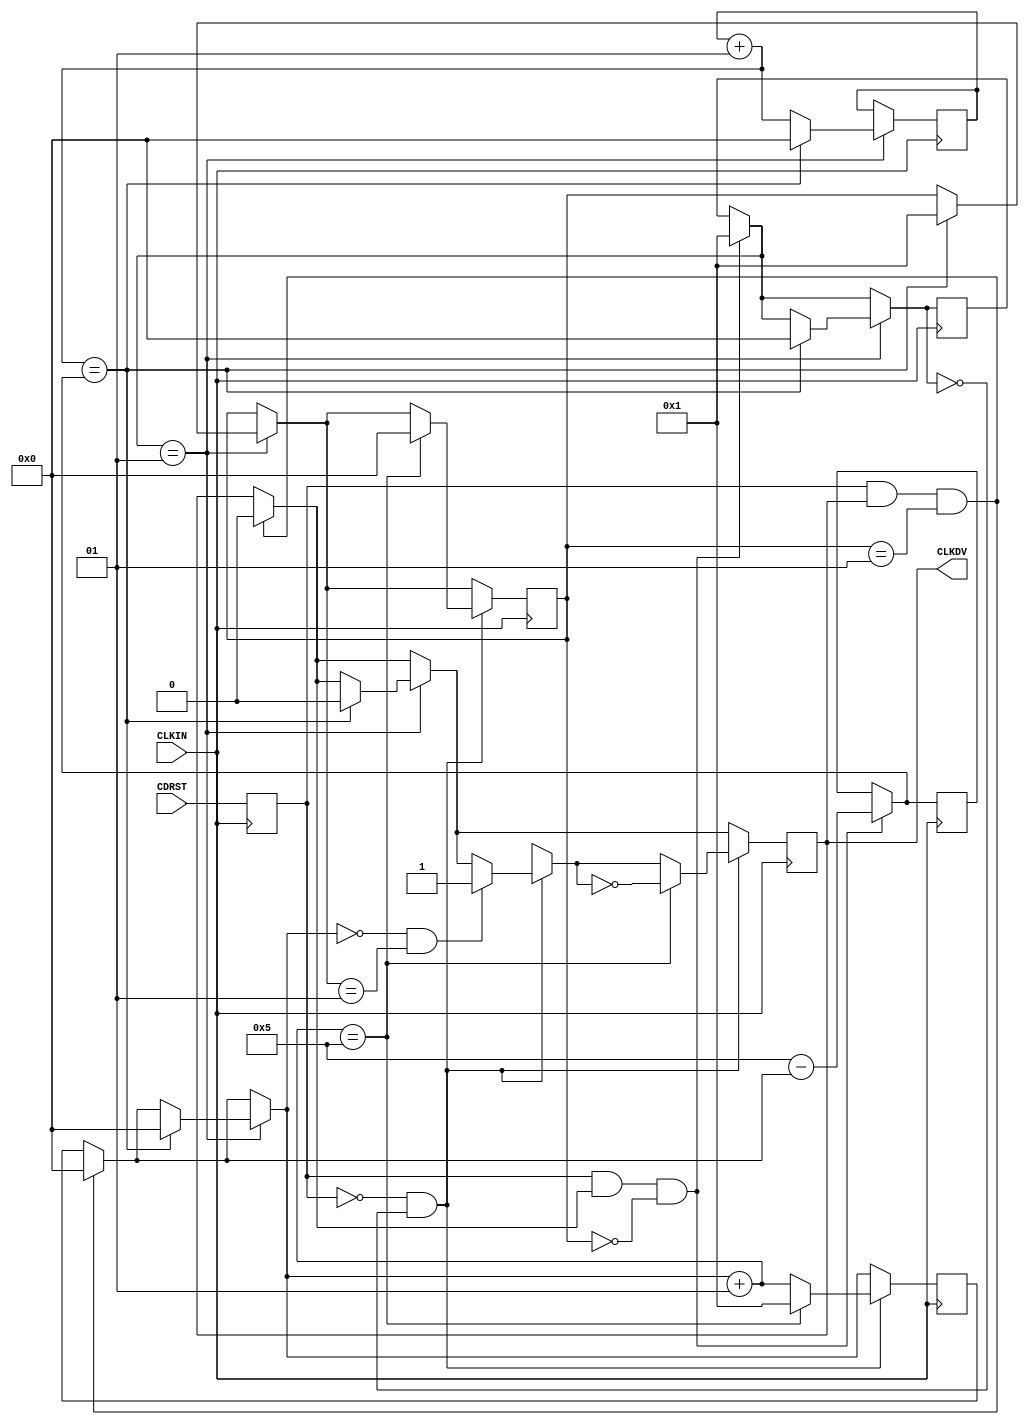
/* Clock divider CLK_DIV8R 
   August 10, 2001
   April 22, 2002 Changed CDRST to sensitive to negative edge of CLKIIN
*/

`timescale 100 ps / 10 ps

module CLK_DIV8R (CLKDV,CDRST,CLKIN);

parameter DIVIDE_BY = 8;

input CDRST,CLKIN;
output CLKDV;
reg CLKDV;
reg CDRST_i;
integer CLOCK_DIVIDER;
integer RESET_WAIT_COUNT;
integer DELAY_RESET;
integer NO_BITS_REMAINING;
integer STARTUP;

initial begin
 CLOCK_DIVIDER = 0;
 RESET_WAIT_COUNT = 0;
 DELAY_RESET = 0;
 NO_BITS_REMAINING = 0;
 STARTUP = 1;
 CLKDV = 1'b0;
end

always @(negedge CLKIN)
begin
CDRST_i = CDRST;
end

always @(posedge CLKIN)
begin

if (CDRST_i && (CLKDV == 1'b1) && (STARTUP == 1))
begin
CLKDV = 1'b0;
CLOCK_DIVIDER = 0;
end
 
if (CDRST_i && (CLKDV == 1'b1) && (STARTUP == 0))
 begin
	NO_BITS_REMAINING = ((DIVIDE_BY/2 + 1) - CLOCK_DIVIDER);
	DELAY_RESET = 1 ;
 end

if (DELAY_RESET == 1)		
	begin
	RESET_WAIT_COUNT = RESET_WAIT_COUNT + 1;
		 if (RESET_WAIT_COUNT == NO_BITS_REMAINING)
 		 begin
			CLKDV = 1'b0;
			DELAY_RESET = 0;
			RESET_WAIT_COUNT = 0;
			STARTUP = 1;
			CLOCK_DIVIDER = 0;
		 end
	end

if (CDRST_i == 1'b0 && DELAY_RESET == 0 ) 
begin

if ((CLOCK_DIVIDER == 0) && (STARTUP == 1))
begin
CLKDV = 1'b1;
end

 CLOCK_DIVIDER = CLOCK_DIVIDER + 1;
	if (CLOCK_DIVIDER == (DIVIDE_BY/2 + 1)) 
	begin
	STARTUP = 0;
	CLKDV = ~CLKDV;
	CLOCK_DIVIDER = 1;
	end
 end

end

endmodule